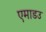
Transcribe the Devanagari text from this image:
एमाडउ